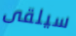
سيلقى